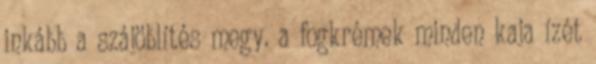
inkább a szájöblítés megy. a fogkrémek minden kaja ízét